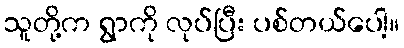
သူတို့က ရွာကို လုပ်ပြီး ပစ်တယ်ပေါ့။